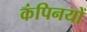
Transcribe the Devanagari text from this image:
कंपिनयों